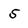
Character: 5